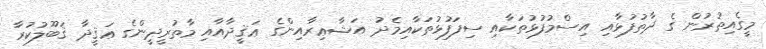
މީގެއިތުރުން ގެ ޛާތުފުޅާއި އިސްމުފުޅުތަކާއި ސިފަފުޅުތަކާއިމެދު އަޝާޢިރާއިންގެ ޢަޤީދާއާއި މާތުރީދީންގެ ޢަޤީދާ ޤަބޫލުކުރާ